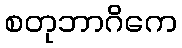
စတုဘာဂိကေ